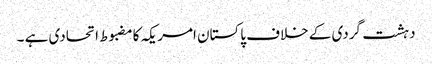
دہشت گردی کے خلاف پاکستان امریکہ کامضبوط اتحادی ہے ۔